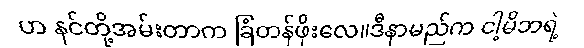
ဟ နင်တို့အမ်းတာက ခြံတန်ဖိုးလေ။ဒီနာမည်က ငါ့မိဘရဲ့